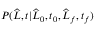
P ( \widehat { L } , t | \widehat { L } _ { 0 } , t _ { 0 } , \widehat { L } _ { f } , t _ { f } )